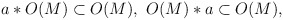
\begin{align*}a* O(M) \subset O(M),\,\,O(M) * a \subset O(M),\end{align*}